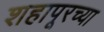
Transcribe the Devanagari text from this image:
शहापूरच्या